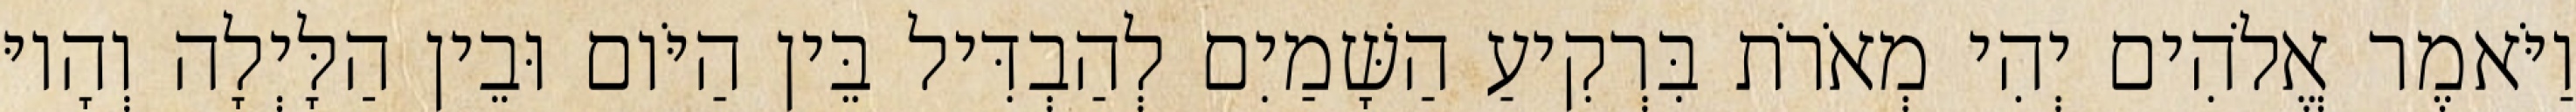
וַיֹּאמֶר אֱלֹהִים יְהִי מְאֹרֹת בִּרְקִיעַ הַשָּׁמַיִם לְהַבְדִּיל בֵּין הַיֹּום וּבֵין הַלָּיְלָה וְהָיוּ